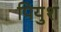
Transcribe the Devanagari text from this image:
पियुश